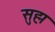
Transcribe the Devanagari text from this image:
सुह्म